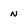
Character: n